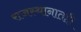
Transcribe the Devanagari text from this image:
राजस्थानातही